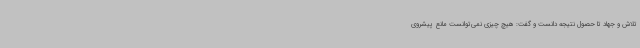
تلاش و جهاد تا حصول نتیجه دانست و گفت: هیچ چیزی نمی‌توانست مانع پیشروی